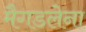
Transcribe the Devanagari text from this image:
मैगडलेना